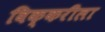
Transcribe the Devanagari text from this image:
विक्करीला